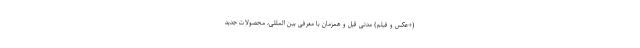
(+عکس و فیلم) مدتی قبل و همزمان با معرفی بین المللی، محصولات جدید